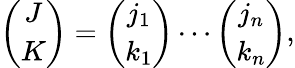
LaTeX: {\binom{J}{K}}={\binom{j_{1}}{k_{1}}}\cdots{\binom{j_{n}}{k_{n}}},